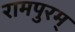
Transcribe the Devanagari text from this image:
रामपुरम्